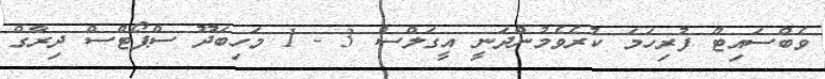
ވެބްސައިޓް ފުރިހަމަ ކުރެވެމުންދަނީ އީގަލްސް 3 - 1 މަހިބަދޫ ސްޕޯޓްސް ދިރާގް